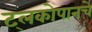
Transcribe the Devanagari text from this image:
ट्लकोपानचे